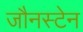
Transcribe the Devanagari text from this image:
जौनस्टेन